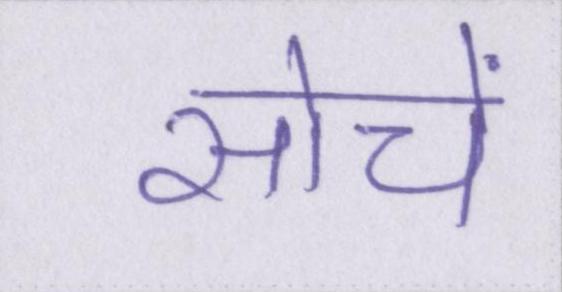
सोचें